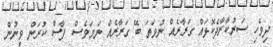
ދިވެހި ސަރުކާރާދެކޮޅައް ގަރާރެއް ނުވަތަ ބޭ ގަރާރެއް ނަމަވެސް ފާސް ކުރަން ވީނުން